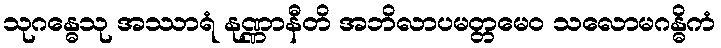
သုဂန္ဓေသု အဿာရံ နုဏ္ဏာနီတိ အဘိလာပမတ္တမေဝ သလောမဂန္ဓိကံ